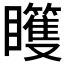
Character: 𰦊